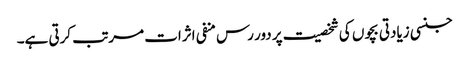
جنسی زیادتی بچوں کی شخصیت پر دور رس منفی اثرات مرتب کرتی ہے۔